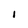
Character: I